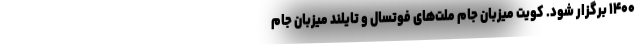
۱۴۰۰ برگزار شود. کویت میزبان جام ملت‌های فوتسال و تایلند میزبان جام